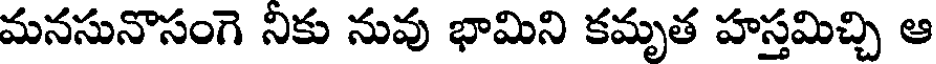
మనసునొసంగె నికు నువు భామిని కమృత హస్తమిచ్చి ఆ